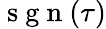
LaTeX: \mathrm{~s~g~n~}(\tau)